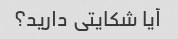
آیا شکایتی دارید؟